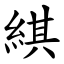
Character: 綨